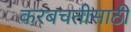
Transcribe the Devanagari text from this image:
करबचतीसाठी